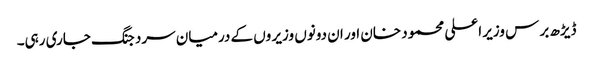
ڈیڑھ بر س وزیر اعلی محمود خان اور ان دونوں وزیر وں کے درمیان سرد جنگ جاری رہی۔